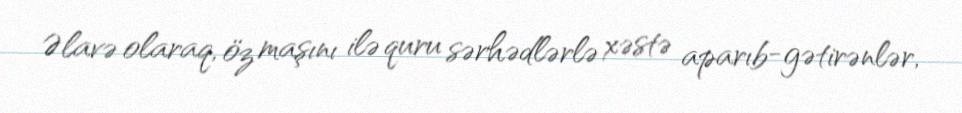
Əlavə olaraq, öz maşını ilə quru sərhədlərlə xəstə aparıb-gətirənlər,